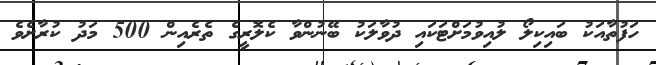
ހަފުތާއަކު ބައިކިލޯ ލުއިވުމަށްޓަކައި ދުވާލަކު ބޭނުންވާ ކެލޮރީގެ ތެރެއިން 500 މަދު ކުރާށެވެ